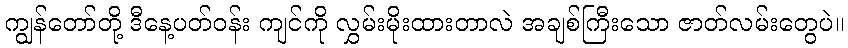
ကျွန်တော်တို့ ဒီနေ့ပတ်ဝန်း ကျင်ကို လွှမ်းမိုးထားတာလဲ အချစ်ကြီးသော ဇာတ်လမ်းတွေပဲ။